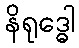
နိရုဒ္ဓေါ